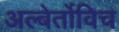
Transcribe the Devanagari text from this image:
अल्बेर्तोविच